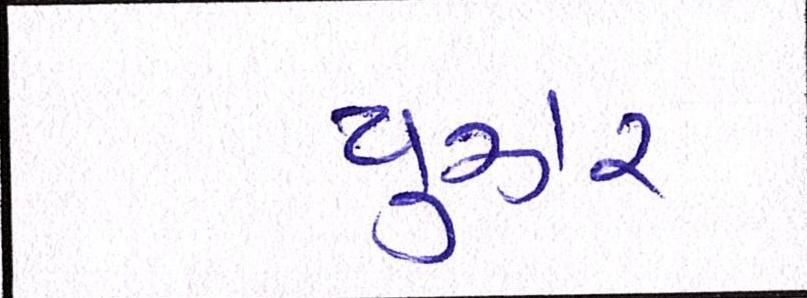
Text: યુઝર